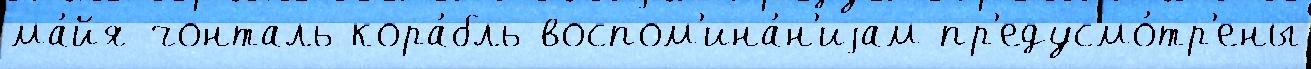
ма́йя-чонталь кора́бль воспом'ина́н'иjам пр'едусмо́тр'ены